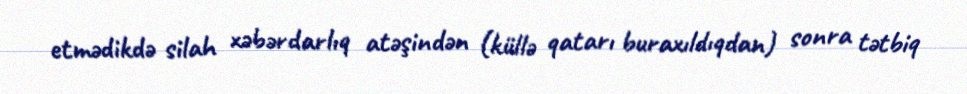
etmədikdə silah xəbərdarlıq atəşindən (küllə qatarı buraxıldıqdan) sonra tətbiq